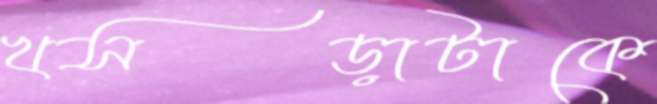
খসড়াটাকে